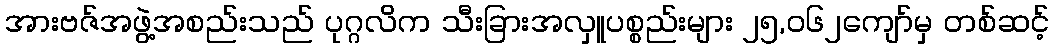
အားဗဇ်အဖွဲ့အစည်းသည် ပုဂ္ဂလိက သီးခြားအလှူပစ္စည်းများ ၂၅,၀၆၂ကျော်မှ တစ်ဆင့်